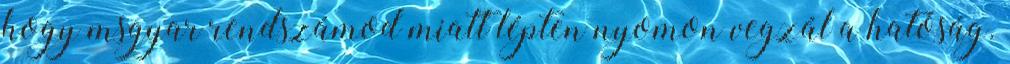
hogy msgyar rendszámod miatt lépten nyomon vegzál a hatóság.